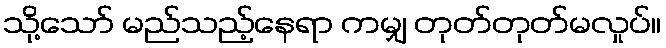
သို့သော် မည်သည့်နေရာ ကမျှ တုတ်တုတ်မလှုပ်။